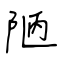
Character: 陋